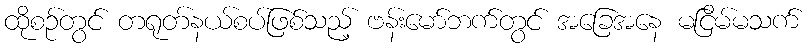
ထိုစဉ်တွင် တရုတ်နယ်စပ်ဖြစ်သည့် ဗန်းမော်ဘက်တွင် အခြေအနေ မငြိမ်မသက်